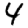
Digit: 4